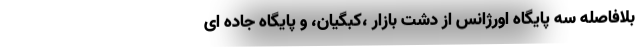
بلافاصله سه پایگاه اورژانس از دشت بازار ،کبگیان، و پایگاه جاده ای